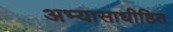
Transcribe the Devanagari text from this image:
अभ्यासाधीष्ठित